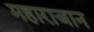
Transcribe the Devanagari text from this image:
महाराजान